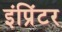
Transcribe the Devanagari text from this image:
इंप्रिंटर